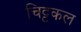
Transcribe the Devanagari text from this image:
चिट्टकल